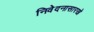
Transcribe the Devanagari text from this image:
निवेदनासारखे